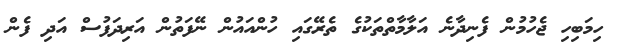
ހިމަބިހި ޖެހުމުން ފެނިދާނެ އަލާމާތްތަކުގެ ތެރޭގައި ހުންއައުން ނޭފަތުން އަރިދަފުސް އަދި ފެން